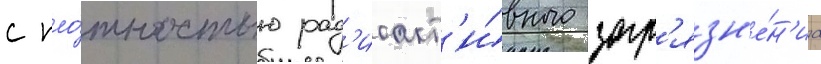
с пло́тностью рад'иоакт'и́вного загр'язн'е́н'иа